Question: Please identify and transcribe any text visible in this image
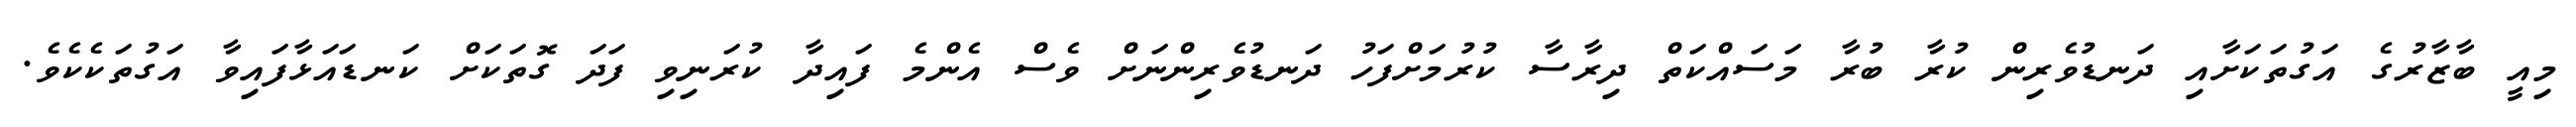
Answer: މިއީ ބާޒާރުގެ އަގުތަކަށާއި ދަނޑުވެރިން ކުރާ ބުރާ މަސައްކަތް ދިރާސާ ކުރުމަށްފަހު ދަނޑުވެރިންނަށް ވެސް އެންމެ ފައިދާ ކުރަނިވި ފަދަ ގޮތަކަށް ކަނޑައަޅާފައިވާ އަގުތަކެކެވެ.